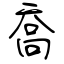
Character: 喬